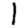
Digit: 1